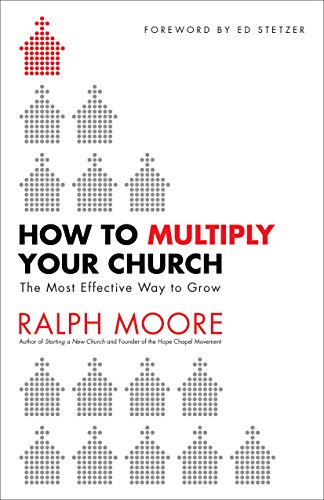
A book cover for How to Multiply Your Church: The Most Effective Way to Grow; Ralph Moore; Religion & Spirituality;